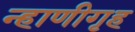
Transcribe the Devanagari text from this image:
न्हाणीगृह